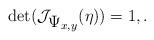
LaTeX: \begin{align*} \det (\mathcal{J}_{\displaystyle \Psi_{x,y}}(\eta) ) = 1, . \end{align*}